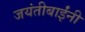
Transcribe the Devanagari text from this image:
जयंतीबाईंनी